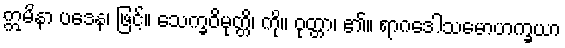
ဣမိနာ ပဒေန၊ ဖြင့်။ သေက္ခဝိမုတ္တိ၊ ကို။ ဝုတ္တာ၊ ၏။ ရာဂဒေါသမောဟက္ခယာ